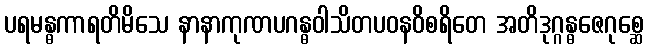
ပရမန္ဓကာရတိမိသေ နာနာကုဏပဂန္ဓဝါသိတပဝနဝိစရိတေ အတိဒုဂ္ဂန္ဓဇေဂုစ္ဆေ